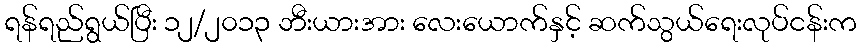
ရန်ရည်ရွယ်ပြီး ၁၂/၂၀၁၃ ဘီးယားအား လေးယောက်နှင့် ဆက်သွယ်ရေးလုပ်ငန်းက